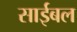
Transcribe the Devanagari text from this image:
साईबल